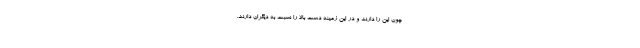
چون این را دارند و در این زمینه دست بالا را نسبت به دیگران دارند.